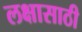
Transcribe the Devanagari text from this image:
लक्षासाठी